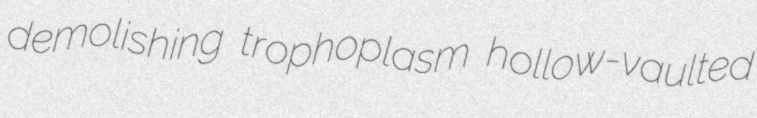
demolishing trophoplasm hollow-vaulted